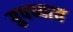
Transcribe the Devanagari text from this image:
ग्रुपच्याच